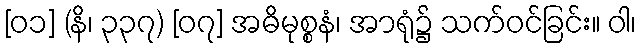
[၀၁] (နိ၊ ၃၃၇) [၀၇] အဓိမုစ္စနံ၊ အာရုံ၌ သက်ဝင်ခြင်း။ ဝါ၊